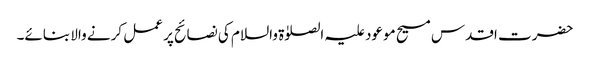
حضرت اقدس مسیح موعود علیہ الصلوٰۃ والسلام کی نصائح پر عمل کرنے والا بنائے۔